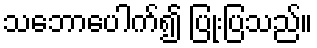
သဘောပေါက်၍ ပြုံးပြသည်။